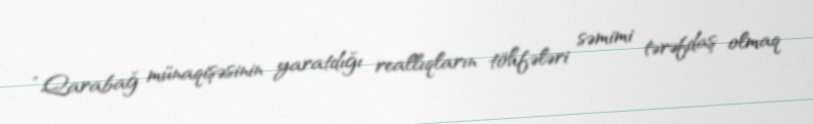
“Qarabağ münaqişəsinin yaratdığı reallıqların töhfələri səmimi tərəfdaş olmaq